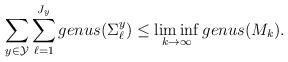
LaTeX: \begin{align*}\sum_{y\in\mathcal{Y}}\sum_{\ell=1}^{J_y} genus(\Sigma^y_{\ell})\leq \liminf_{k\to\infty} genus(M_k).\end{align*}